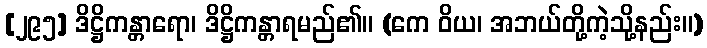
[၂၉၅] ဒိဋ္ဌိကန္တာရော၊ ဒိဋ္ဌိကန္တာရမည်၏။ (ကေ ဝိယ၊ အဘယ်တို့ကဲ့သို့နည်း။)